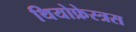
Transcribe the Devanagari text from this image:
थियोफ्रेस्त्रस